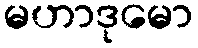
မဟာဒုမော